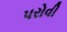
પરોવી